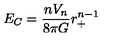
E _ { C } = \frac { n V _ { n } } { 8 \pi G } r _ { + } ^ { n - 1 }